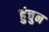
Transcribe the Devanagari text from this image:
हुंचुन